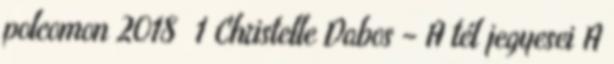
polcomon 2018 1 Christelle Dabos – A tél jegyesei A